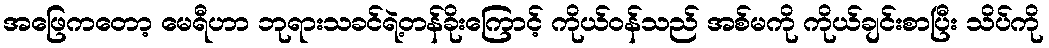
အဖြေကတော့ မေရီဟာ ဘုရားသခင်ရဲ့တန်ခိုးကြောင့် ကိုယ်ဝန်သည် အစ်မကို ကိုယ်ချင်းစာပြီး သိပ်ကို